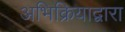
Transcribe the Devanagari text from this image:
अभिक्रियाद्वारा